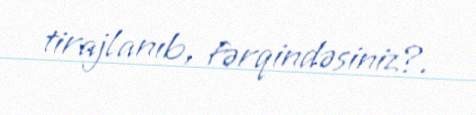
tirajlanıb, fərqindəsiniz?.